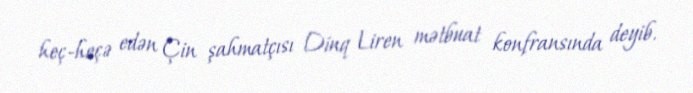
heç-heçə edən Çin şahmatçısı Dinq Liren mətbuat konfransında deyib.